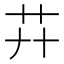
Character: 𦬠